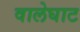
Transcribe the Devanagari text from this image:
वालेघाट